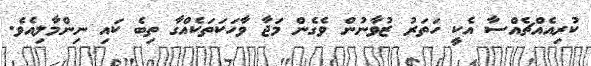
ކުރިއެއްޗެއްސާ އެކީ ހަތަރު ޒުވާނުން ވެގެން މަޖާ ވާހަކަތަކެއްގާ ތިބެ ކައި ނިންމާލިއެވެ.